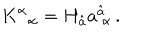
K ^ { \alpha } { } _ { \alpha } = H _ { \hat { a } } a _ { ~ \alpha } ^ { \hat { a } } \, .